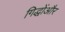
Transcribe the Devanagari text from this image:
गिद्धोंऔर